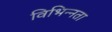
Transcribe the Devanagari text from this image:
विभिन्‍नता